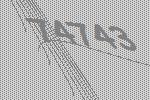
74743